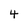
Character: 4